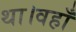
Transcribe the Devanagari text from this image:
था।वहाँ